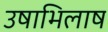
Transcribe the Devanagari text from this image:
उषाभिलाष